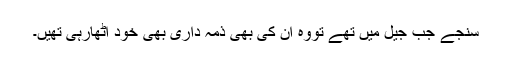
سنجے جب جیل میں تھے تووہ ان کی بھی ذمہ داری بھی خود اٹھارہی تھیں۔